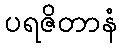
ပရဇိတာနံ